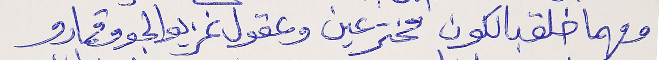
ومهما خلق بالكون مخترعين  وعقول غزيو الجو وقمارو